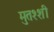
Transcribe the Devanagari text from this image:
मुतश्शी